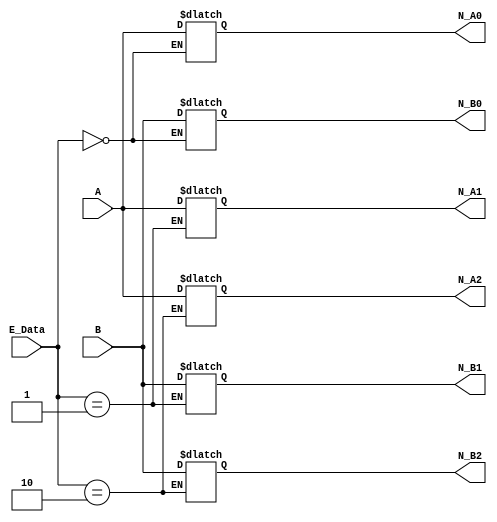
module de_mux
(
    input           [36 : 0]    A, B,           
    input           [01 : 0]    E_Data,         // Enable type data
    output  reg     [36 : 0]    N_A0, N_B0,
                                N_A1, N_B1,
                                N_A2, N_B2
);
    
always @(*) begin
    case (E_Data)

    // --------------------------------- SubNormals ---------------------------------
        2'b00: begin                            
            N_A0 = A; 
            N_B0 = B;
            N_A1 = N_A1;
            N_B1 = N_B1;
            N_A2 = N_A2;
            N_B2 = N_B2;
        end 

    // --------------------------------- Normals ---------------------------------
        2'b01: begin
            N_A0 = N_A0; 
            N_B0 = N_B0;
            N_A1 = A;
            N_B1 = B;
            N_A2 = N_A2;
            N_B2 = N_B2;
        end 

    // --------------------------------- mix ---------------------------------
        2'b10: begin
            N_A0 = N_A0; 
            N_B0 = N_B0;
            N_A1 = N_A1;
            N_B1 = N_B1;
            N_A2 = A;
            N_B2 = B;
        end 


        default: begin
            N_A0 = N_A0; 
            N_B0 = N_B0;
            N_A1 = N_A1;
            N_B1 = N_B1;
            N_A2 = N_A2;
            N_B2 = N_B2;
        end 
    endcase
end

endmodule //de_mux